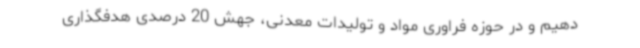
دهیم و در حوزه فراوری مواد و تولیدات معدنی، جهش 20 درصدی هدفگذاری